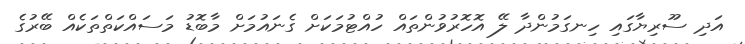
އަދި ސޫރިޔާގައި ހިނގަމުންދާ ލޭ އޮހޮރުވުންތައް ހުއްޓުމަކަށް ގެނައުމަށް މާބޮޑު މަސައްކަތްތަކެއް ބޭރުގެ